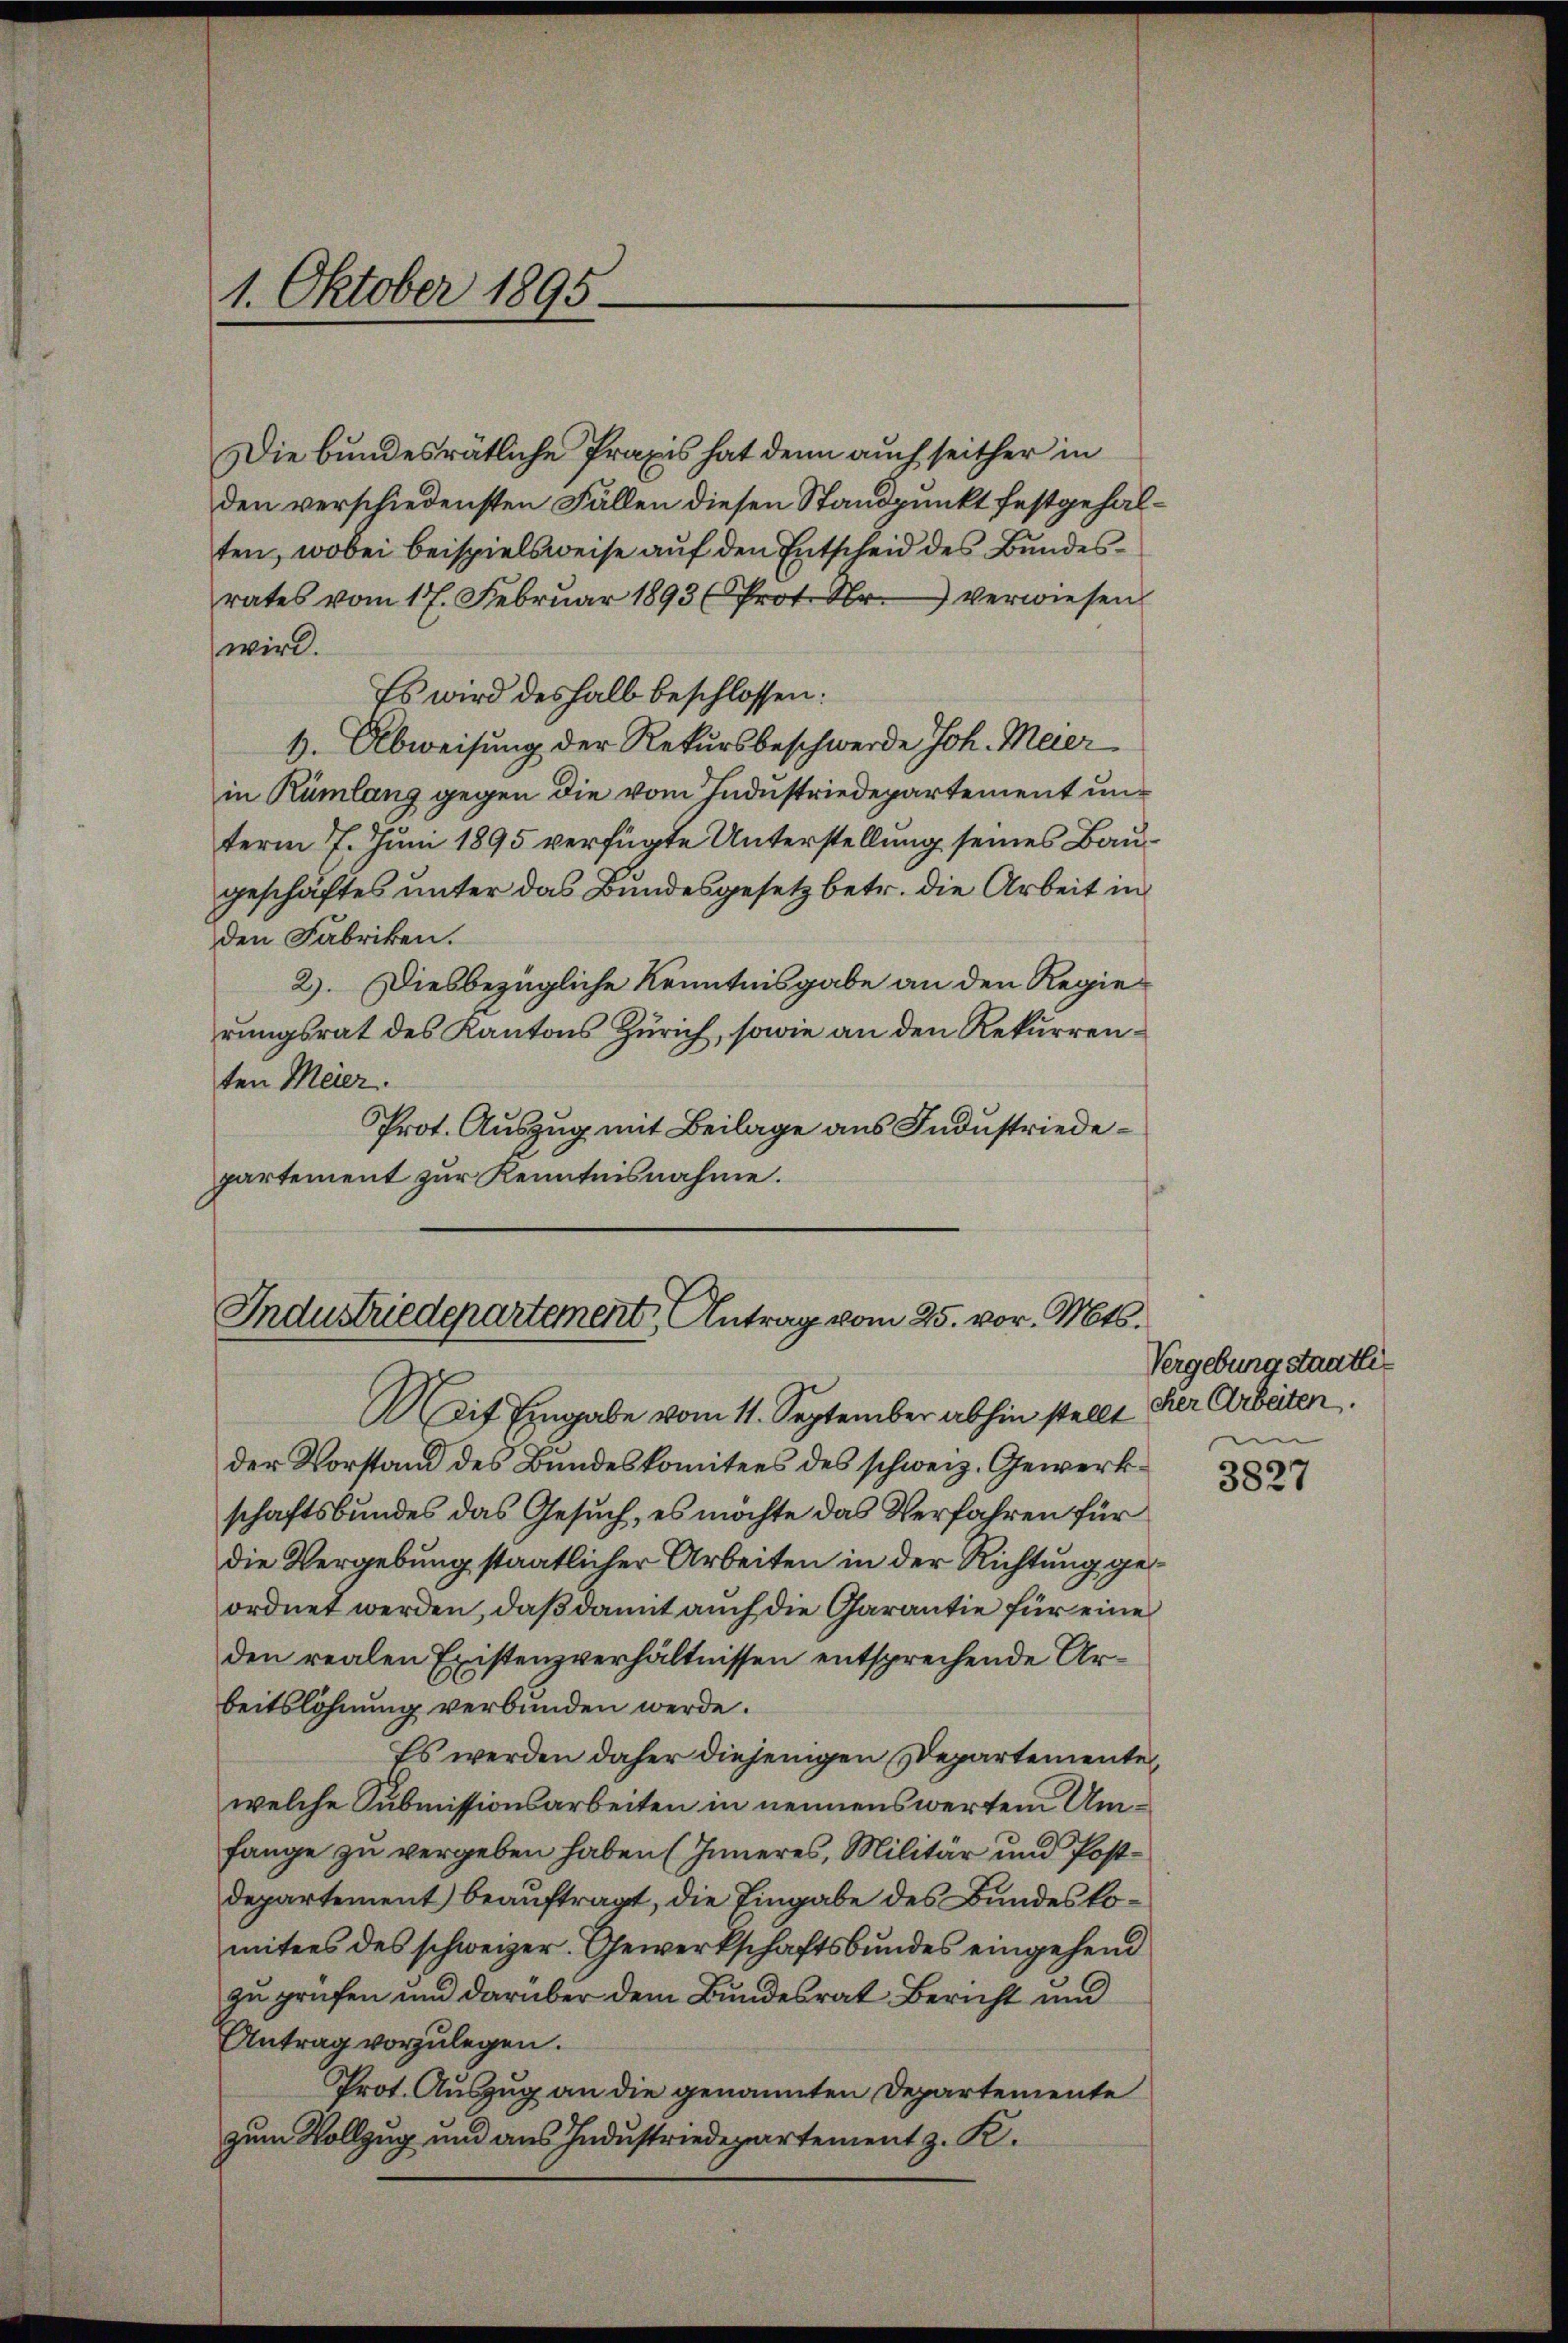
1. Oktober 1895.

Industriedepartement Antrag vom 25. vor. Mts.

Die bundesrätliche Praxis hat denn auch seither in
den verschiedensten Fällen diesen Standpunkt festgehalten, wobei Beispielsweise auf den Entscheid des Bundesrates vom 17. Febrŭar 1893 (Prot. Nr. verwiesen
wird.
Es wird deshalb beschlossen:
4. Abweisung der Rekursbeschwerde Joh. Meierin Rümlang gegen die vom Industriedepartement unterm 7. Juni 1895 verfügte Unterstellung seines Baugeschäftes unter das Bundesgesetz betr. die Arbeit in
den Fabriken.
2). Diesbezügliche Kenntnisgabe an den Regierungsrat des Kantons Zürich, sowie an den Rekurrenten Meier.
Prot. Auszug mit Beilage aus Industriedepartement zur Kenntnisnahme.

Mit Eingabe vom 11. September abhin stellt
der Vorstand des Bundeskomitees des schweiz. Gewerkschaftsbundes das Gesuch, es möchte das Verfahren für
die Vergebung staatlicher Arbeiten in der Richtung geordnet werden, daß damit auch die Garantie für eine
den realen Existenzverhältnissen entsprechende Arbeitslöhnung verbunden werde.
Es werden daher diejenigen Departemente
welche Submissionsarbeiten in nennenswerten Umfange zu vergeben haben (Inneres, Militär und Postdepartement beauftragt, die Eingabe des Bundeskomitees des schweizer. Gewerkschaftsbundes eingehend
zu prüfen und darüber dem Bundesrat Bericht und
Antrag vorzulegen.
Prot. Auszug an die genannten Departemente
zum Vollzug und aus Industriedepartement z. K.

Vergebung staatlicher Arbeiten.

3827